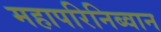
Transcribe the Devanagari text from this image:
महापरिनिब्वान